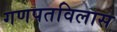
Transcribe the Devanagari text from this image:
गणपतविलास